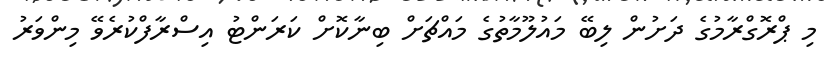
މި ޕްރޮގްރާމުގެ ދަށުން ލިބޭ މައުލޫމާތުގެ މައްޗަށް ބިނާކޮށް ކަރަންޓު އިސްރާފްކުރެވޭ މިންވަރު